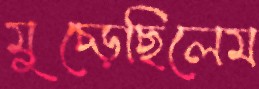
মুচ্‌ড়েছিলেম